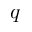
q